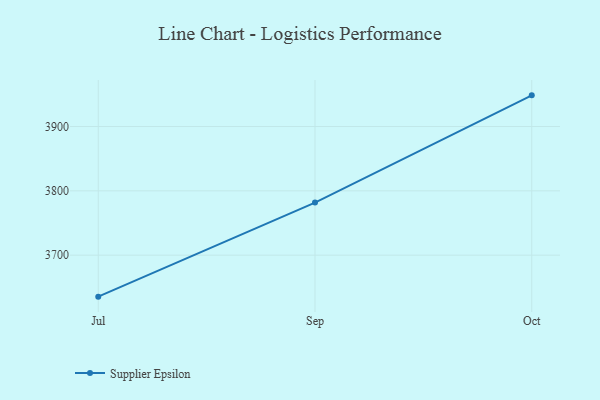
{"axis": {"x": "Month", "y": "Population (Million)"}, "legend": ["Supplier Epsilon"], "data": [{"x": "Jul", "y": 3635.5, "type": "Supplier Epsilon"}, {"x": "Sep", "y": 3781.7, "type": "Supplier Epsilon"}, {"x": "Oct", "y": 3948.5, "type": "Supplier Epsilon"}]}